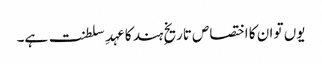
یوں تو ان کا اختصاص تاریخِ ہند کا عہدِ سلطنت ہے۔